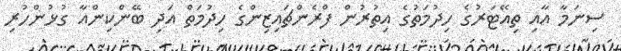
ސިނަމާ އާއި ތިއޭޓަރުގެ ހިދުމަތުގެ އިތުރުން ފްރެންޗައިޒިންގެ ހިދުމަތް އަދި ބޭންކިންއާ ގުޅުންހުރި